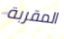
المقربة